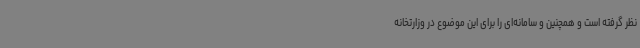
نظر گرفته است و همچنین و سامانه‌ای را برای این موضوع در وزارتخانه